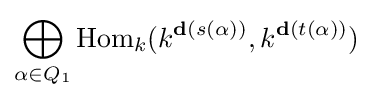
\bigoplus _{\alpha \in Q_{1}}\operatorname {Hom} _{k}(k^{\mathbf {d} (s(\alpha ))},k^{\mathbf {d} (t(\alpha ))})